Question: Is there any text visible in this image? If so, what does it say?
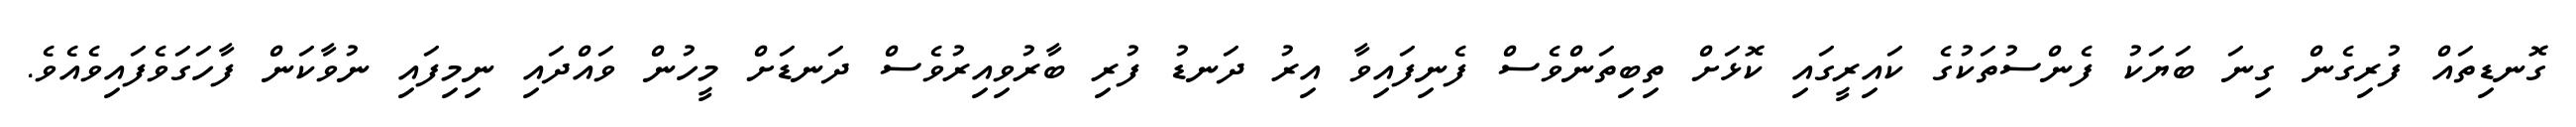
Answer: ގޮނޑިތައް ފުރިގެން ގިނަ ބަޔަކު ފެންސުތަކުގެ ކައިރީގައި ކޮޅަށް ތިބިތަންވެސް ފެނިފައިވާ އިރު ދަނޑު ފުރި ބާރުވިއިރުވެސް ދަނޑަށް މީހުން ވައްދައި ނިމިފައި ނުވާކަން ފާހަގަވެފައިވެއެވެ.